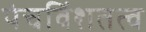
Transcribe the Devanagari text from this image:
पंचविंशतत्व